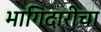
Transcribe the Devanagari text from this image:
भागिदारीचा